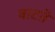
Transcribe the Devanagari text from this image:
बाटते